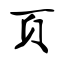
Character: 页